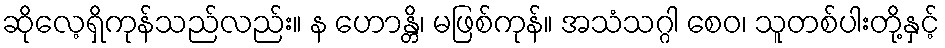
ဆိုလေ့ရှိကုန်သည်လည်း။ န ဟောန္တိ၊ မဖြစ်ကုန်။ အသံသဂ္ဂါ စေဝ၊ သူတစ်ပါးတို့နှင့်